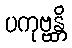
ပကုဗ္ဗန္တိ